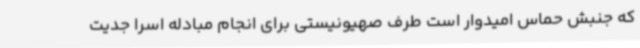
که جنبش حماس امیدوار است طرف صهیونیستی برای انجام مبادله اسرا جدیت